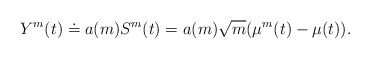
\begin{align*} Y^m(t) \doteq a(m) S^m(t) = a(m)\sqrt{m}(\mu^m(t) - \mu(t)).\end{align*}